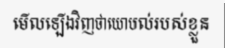
មើលឡើងវិញថាយោបល់របស់ខ្លួន